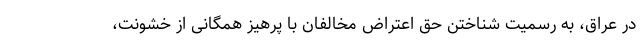
در عراق، به رسمیت شناختن حق اعتراض مخالفان با پرهیز همگانی از خشونت،